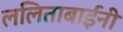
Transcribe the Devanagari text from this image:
ललिताबाईंनी